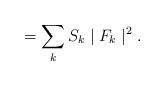
LaTeX: \begin{align*}\hspace{5mm} = \sum_{k} S_{k}\mid{F_{k}}\mid^{2} .\end{align*}